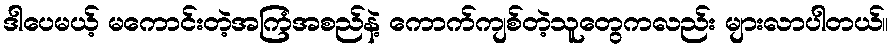
ဒါပေမယ့် မကောင်းတဲ့အကြံအစည်နဲ့ ကောက်ကျစ်တဲ့သူတွေကလည်း များလာပါတယ်။